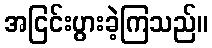
အငြင်းပွားခဲ့ကြသည်။